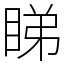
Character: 睇